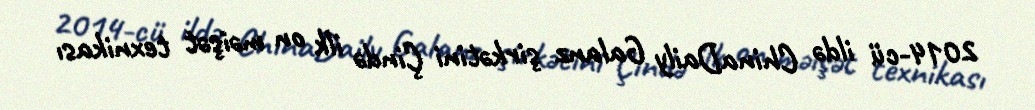
2014-cü ildə ChinaDaily Galanz şirkətini Çində ilk on məişət texnikası